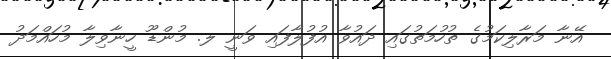
އޭނާ މަރާލިކަމުގެ ތުހުމަތުގައި ދައުވާ އުފުލާފައި ވަނީ ލ. މުންޑޫ ހީނާވިލާ މުހައްމަދު